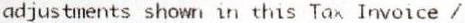
ADJUSTMENTS SHOWN IN THIS TAX INVOICE /